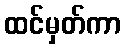
ထင်မှတ်ကာ